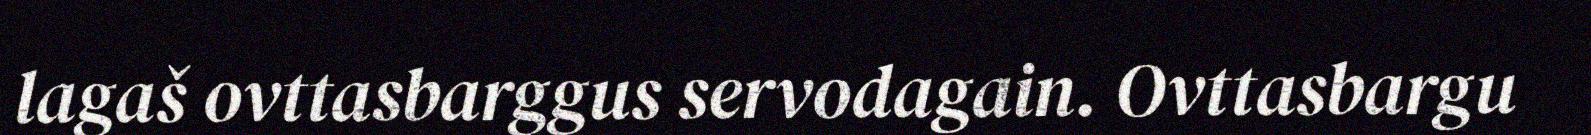
lagaš ovttasbarggus servodagain. Ovttasbargu